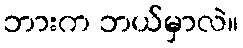
ဘားက ဘယ်မှာလဲ။